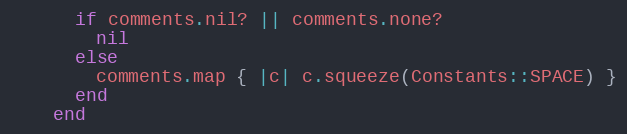
Language: Ruby
      if comments.nil? || comments.none?
        nil
      else
        comments.map { |c| c.squeeze(Constants::SPACE) }
      end
    end